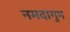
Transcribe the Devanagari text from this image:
नमदागुम